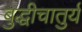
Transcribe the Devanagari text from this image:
बुद्धीचातुर्य